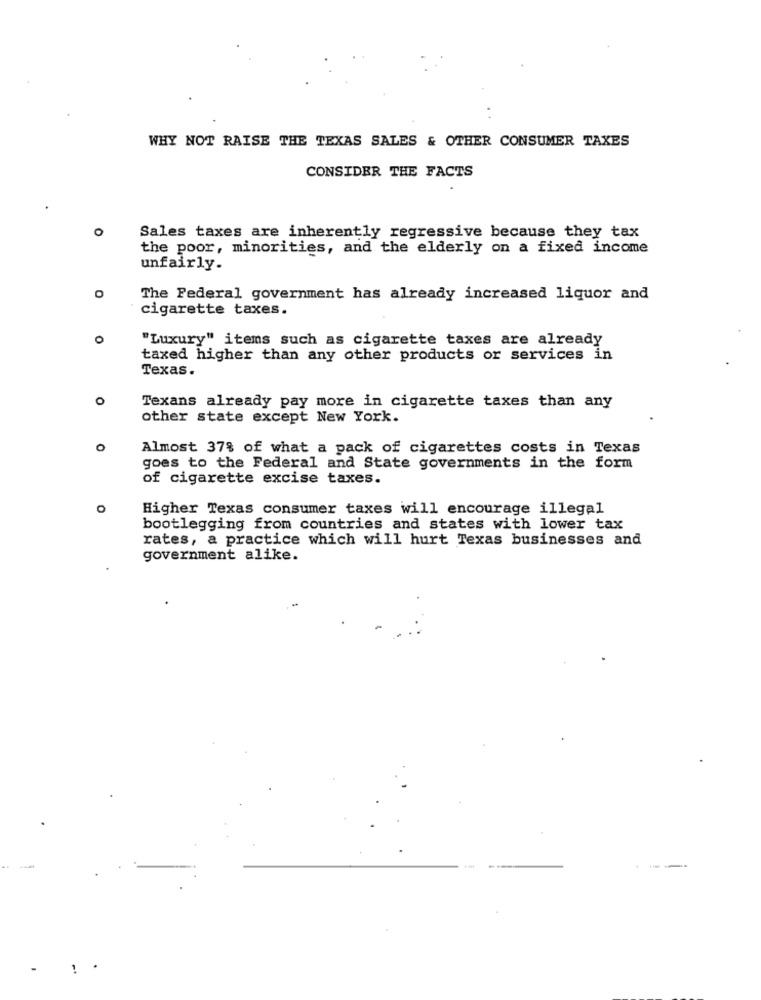
WHY NOT RAISE THE TEXAS SALES & OTHER CONSUMER TAXES
CONSIDER THE FACTS
0
Sales taxes are inherently regressive because they tax
the poor, minorities, and the elderly on a fixed income
unfairly.
The Federal government has already increased liquor and
cigarette taxes.
"Luxury" items such as cigarette taxes are already
taxed higher than any other products or services in
Texas.
o
Texans already pay more in cigarette taxes than any
other state except New York.
O
Almost 37% of what a pack of cigarettes costs in Texas
goes to the Federal and State governments in the form
of cigarette excise taxes.
Higher Texas consumer taxes will encourage illegal
bootlegging from countries and states with lower tax
rates, a practice which will hurt Texas businesses and
government alike.